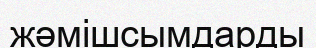
жәмішсымдарды